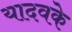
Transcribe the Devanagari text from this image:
यादवके